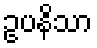
ဥပနိသာ